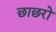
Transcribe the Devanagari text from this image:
छाछरो